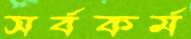
সর্বকর্ম